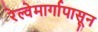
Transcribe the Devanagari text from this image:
रेल्वेमार्गापासून